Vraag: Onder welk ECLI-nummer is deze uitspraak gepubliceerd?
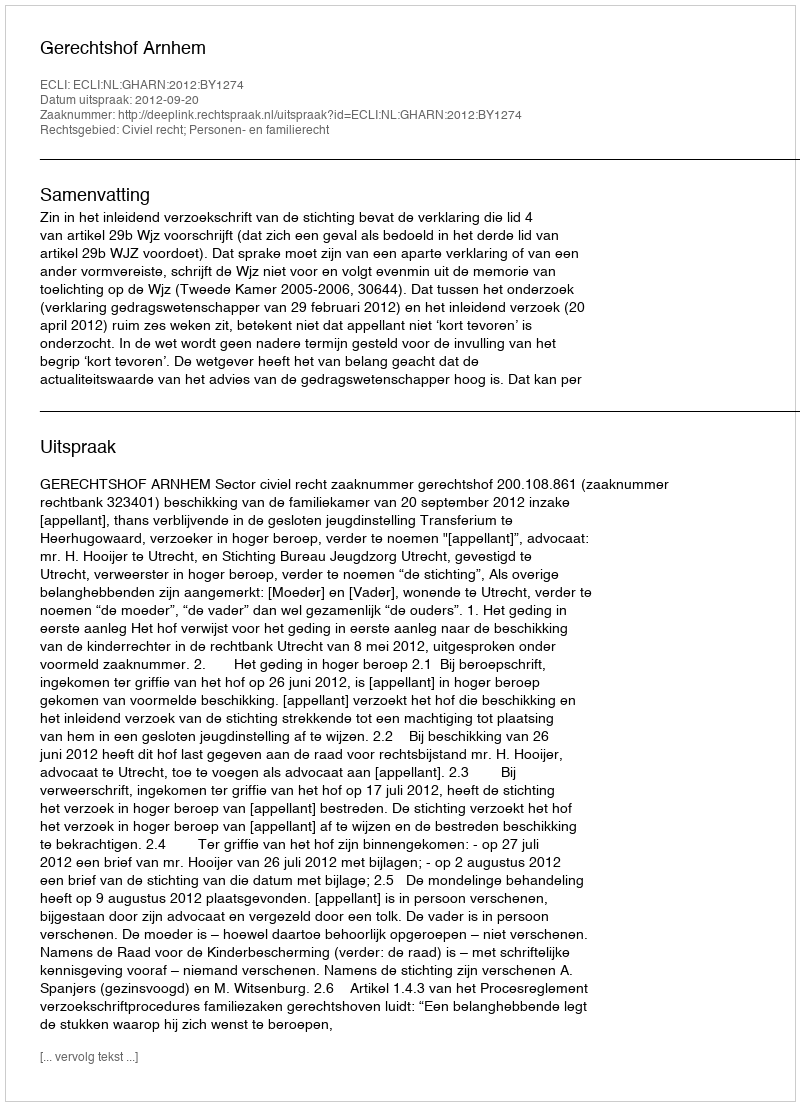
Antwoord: ECLI:NL:GHARN:2012:BY1274